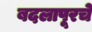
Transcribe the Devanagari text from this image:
बदलापूरचे